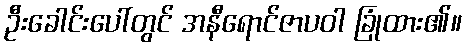
ဦးခေါင်းပေါ်တွင် အနီရောင်ဇာပဝါ ခြုံထား၏။